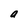
Character: a